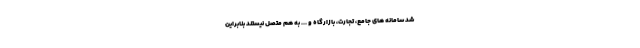
شد سامانه های جامع، تجارت، بازارگاه و ... به هم متصل نیستند بنابراین